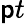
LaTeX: \mathsf{p}t